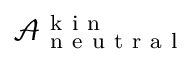
\mathcal { A } _ { \mathrm { ~ n ~ e ~ u ~ t ~ r ~ a ~ l ~ } } ^ { \mathrm { ~ k ~ i ~ n ~ } }